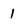
Character: 1